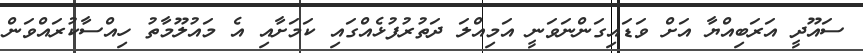
ސައޫދީ އަރަބިއްޔާ އަށް ވަޑައިގަންނަވަނީ އަމިއްލަ ދަތުރުފުޅެއްގައި ކަމަށާއި އެ މައުލޫމާތު ހިއްސާކުރައްވަން